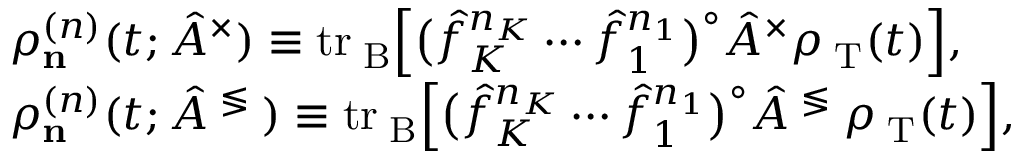
\begin{array} { r l } & { \rho _ { \bf n } ^ { ( n ) } ( t ; \hat { A } ^ { \times } ) \equiv \mathrm { t r } _ { \mathrm { \tiny ~ B } } \Big [ \big ( \hat { f } _ { K } ^ { n _ { K } } \cdots \hat { f } _ { 1 } ^ { n _ { 1 } } \big ) ^ { \circ } \hat { A } ^ { \times } \rho _ { \mathrm { \tiny ~ T } } ( t ) \Big ] , } \\ & { \rho _ { \bf n } ^ { ( n ) } ( t ; \hat { A } ^ { \mathrm { \tiny ~ \lessgtr ~ } } ) \equiv \mathrm { t r } _ { \mathrm { \tiny ~ B } } \Big [ \big ( \hat { f } _ { K } ^ { n _ { K } } \cdots \hat { f } _ { 1 } ^ { n _ { 1 } } \big ) ^ { \circ } \hat { A } ^ { \mathrm { \tiny ~ \lessgtr ~ } } \rho _ { \mathrm { \tiny ~ T } } ( t ) \Big ] , } \end{array}